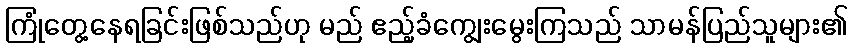
ကြုံတွေ့နေရခြင်းဖြစ်သည်ဟု မည် ဧည့်ခံကျွေးမွေးကြသည် သာမန်ပြည်သူများ၏